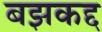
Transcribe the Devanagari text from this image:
बझकद्द